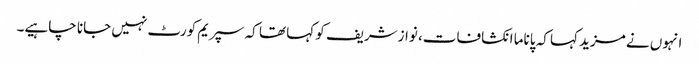
انہوں نے مزید کہا کہ پاناما انکشافات، نوازشریف کو کہا تھا کہ سپریم کورٹ نہیں جانا چاہیے۔